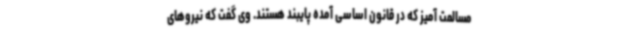
مسالمت آمیز که در قانون اساسی آمده پایبند هستند. وی گفت که نیروهای